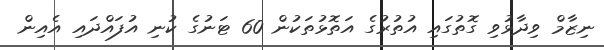
ނިޒާމް ވިދާޅުވި ގޮތުގައި އުތުރުގެ އަތޮޅުތަކުން 60 ޓަނުގެ ކުނި އުފައްދައި އެއިން